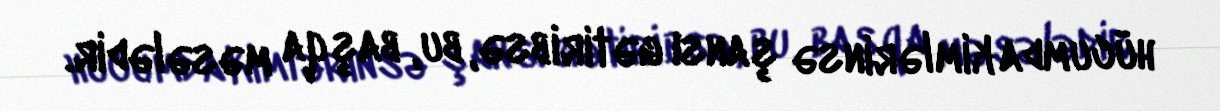
hücumda kimlərinsə şansı gətiribsə, bu, başqa məsələdir.